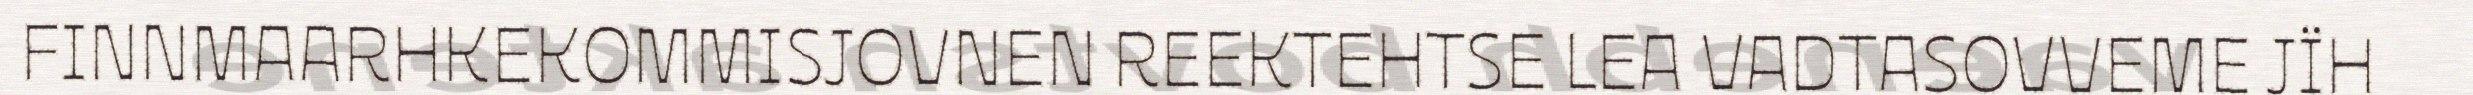
FINNMAARHKEKOMMISJOVNEN REEKTEHTSE LEA VADTASOVVEME JÏH